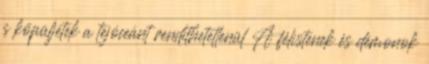
s köpüljétek a tejóceánt rendíthetetlenül A félistenek és démonok